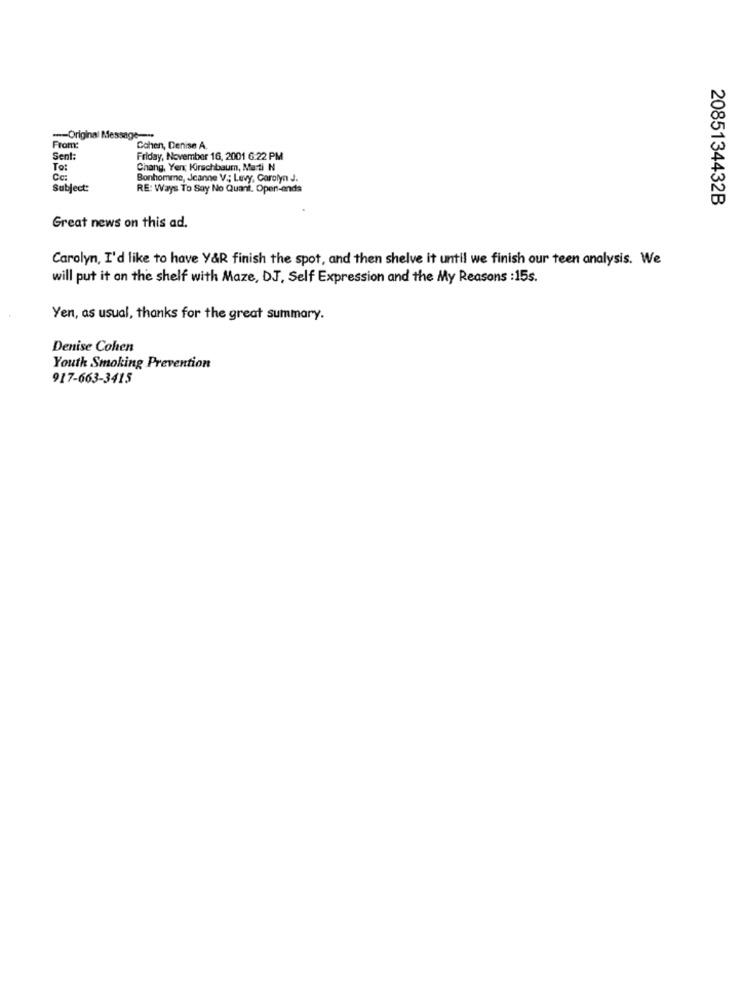
--- Original Message --.
From:
Cohen, Denise A.
Sent
Friday, November 16, 2001 6:22 PM
To:
Chang, Yen; Kirschbaum, Ma ti N
Cc:
Bonhomme, Jeanne V; Levy, Carolyn J.
Subject:
RE: Ways To Say No Quant. Open-ends
2085134432B
Great news on this ad.
Carolyn, I'd like to have Y&R finish the spot, and then shelve it until we finish our teen analysis. We
will put it on the shelf with Maze, DJ, Self Expression and the My Reasons : 15s.
Yen, as usual, thanks for the great summary.
Denise Cohen
Youth Smoking Prevention
917-663-3415